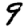
Digit: 9